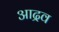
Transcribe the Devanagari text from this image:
आद्रव